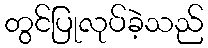
တွင်ပြုလုပ်ခဲ့သည်